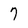
Character: 7